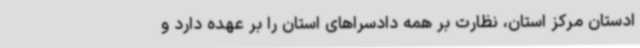
ادستان مرکز استان، نظارت بر همه دادسراهای استان را بر عهده دارد و